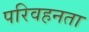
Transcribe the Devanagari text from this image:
परिवहनता